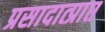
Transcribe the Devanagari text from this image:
प्रसादात्प्राप्त